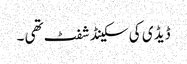
ڈیڈ ی کی سکینڈ شفٹ تھی ۔